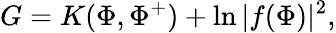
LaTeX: G=K(\Phi,\Phi^{+})+\ln|f(\Phi)|^{2},